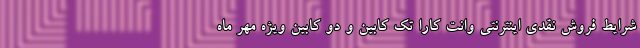
شرایط فروش نقدی اینترنتی وانت کارا تک کابین و دو کابین ویژه مهر ماه